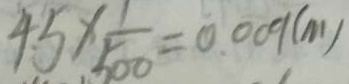
4 5 \times \frac { 1 } { 5 0 0 } = 0 . 0 0 9 ( m )